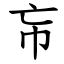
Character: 㠵